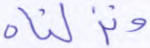
ونزلناه